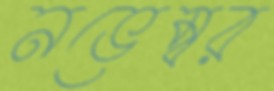
নভেম্বর